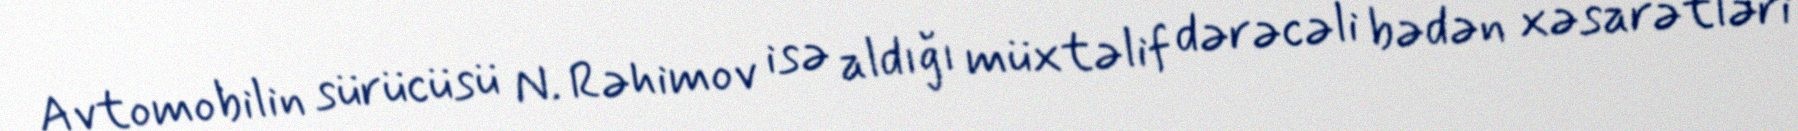
Avtomobilin sürücüsü N. Rəhimov isə aldığı müxtəlif dərəcəli bədən xəsarətləri